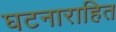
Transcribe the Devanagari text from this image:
घटनाराहित